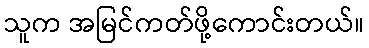
သူက အမြင်ကတ်ဖို့ကောင်းတယ်။